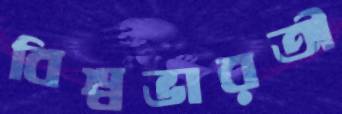
বিশ্বভারতী